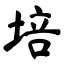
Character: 培